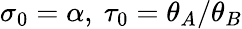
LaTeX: \sigma_{0}=\alpha,\ \tau_{0}=\theta_{A}/\theta_{B}